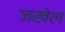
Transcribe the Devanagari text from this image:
जखेल